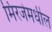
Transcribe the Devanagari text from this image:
मिरजेमधील